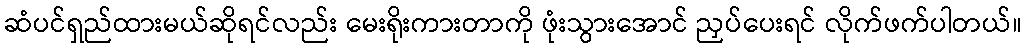
ဆံပင်ရှည်ထားမယ်ဆိုရင်လည်း မေးရိုးကားတာကို ဖုံးသွားအောင် ညှပ်ပေးရင် လိုက်ဖက်ပါတယ်။